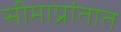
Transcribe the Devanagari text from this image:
सीमाप्रांतात